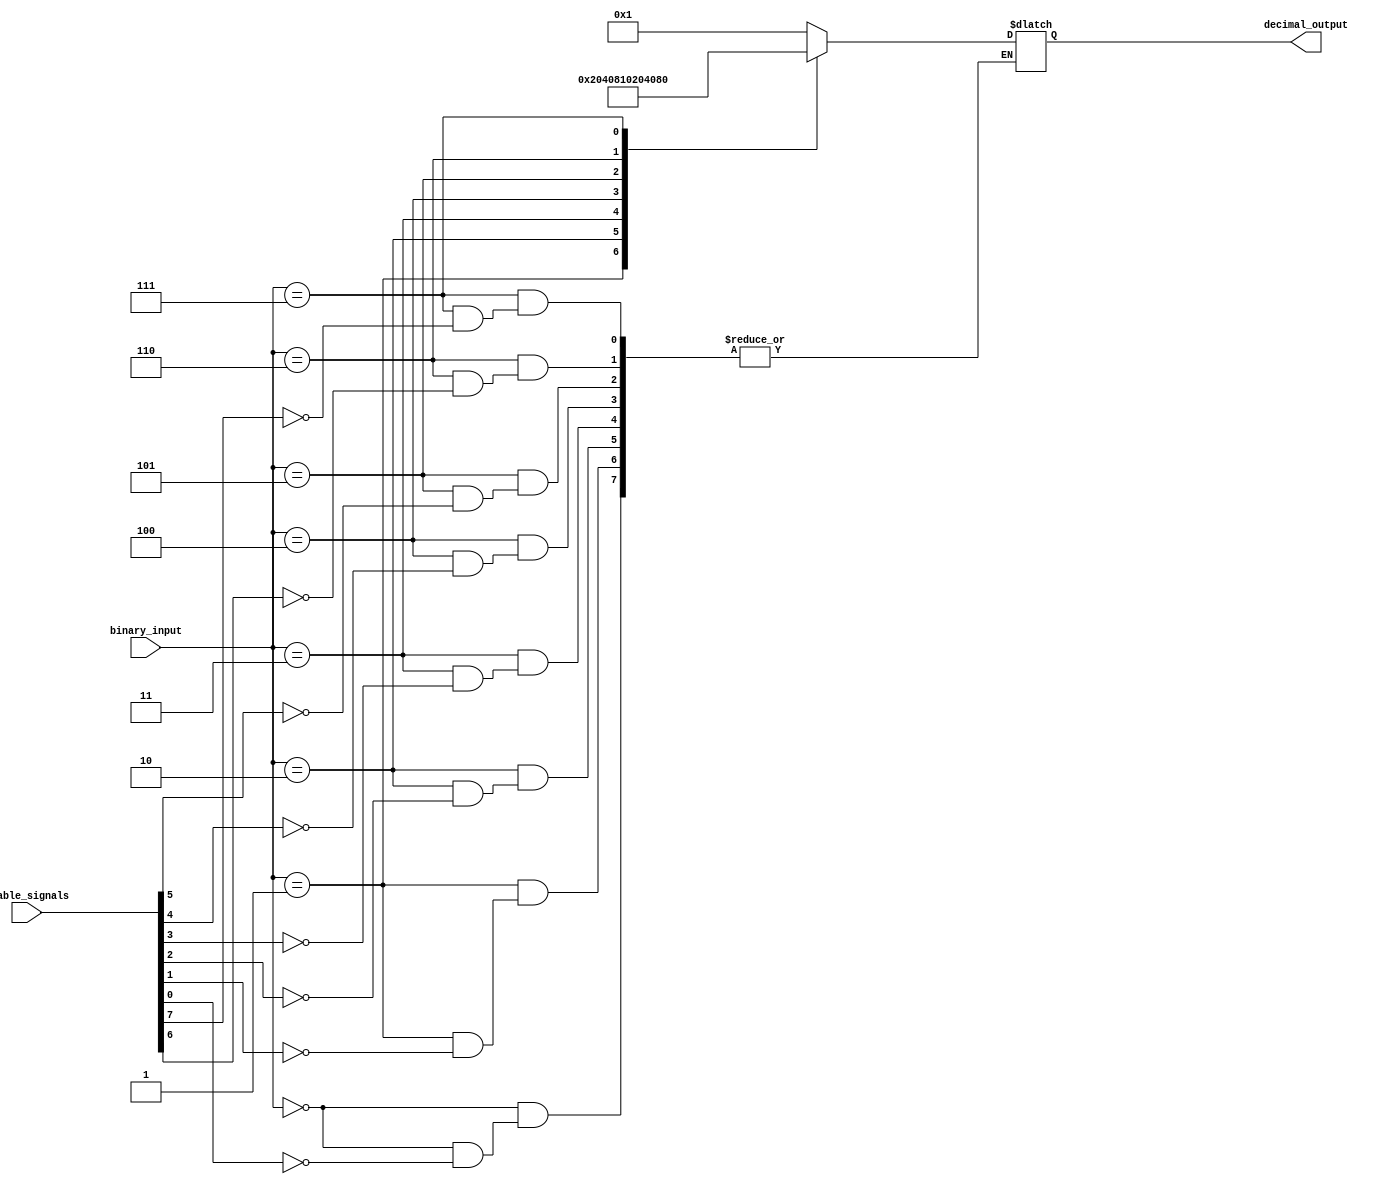
module DecimalDecoder(
    input [2:0] binary_input,
    input [7:0] enable_signals,
    output reg [7:0] decimal_output
);

always @(*) begin
    case(binary_input)
        3'b000: if(enable_signals[0]) decimal_output = 8'b00000001;
        3'b001: if(enable_signals[1]) decimal_output = 8'b00000010;
        3'b010: if(enable_signals[2]) decimal_output = 8'b00000100;
        3'b011: if(enable_signals[3]) decimal_output = 8'b00001000;
        3'b100: if(enable_signals[4]) decimal_output = 8'b00010000;
        3'b101: if(enable_signals[5]) decimal_output = 8'b00100000;
        3'b110: if(enable_signals[6]) decimal_output = 8'b01000000;
        3'b111: if(enable_signals[7]) decimal_output = 8'b10000000;
        default: decimal_output = 8'b00000000;
    endcase
end

endmodule